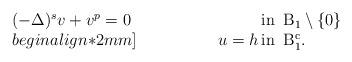
LaTeX: \begin{align*} \arraycolsep=1pt\left.\begin{array}{lll} (-\Delta)^s v+ v^p=0\ \ & \rm{in}\ \, B_1\setminus\{0\}\\begin{align*}2mm] \phantom{ (-\Delta)^s + u^p }\displaystyle u=h &\rm{in}\ \, B_1^c.\end{array}\right.\end{align*}